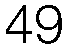
49